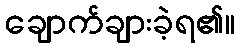
ချောက်ချားခဲ့ရ၏။